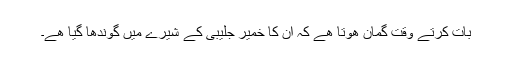
بات کرتے وقت گمان ھوتا ھے کہ ان کا خمیر جلیبی کے شیرے میں گوندھا گیا ھے۔